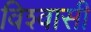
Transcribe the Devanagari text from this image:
विश्‍वासी